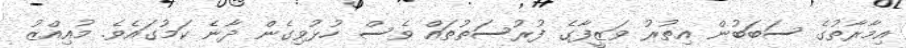
އިމާރާތުގެ ސަބަބުން އިތުރު ވަޒީފާގެ ފުރުސަތުތައް ވެސް ހުޅުވިގެން ދާނެ ކަމުގައެވެ. މުއިއްޒު